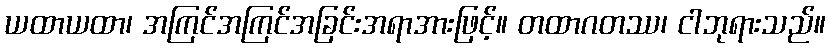
ယထာယထာ၊ အကြင်အကြင်အခြင်းအရာအားဖြင့်။ တထာဂတဿ၊ ငါဘုရားသည်။